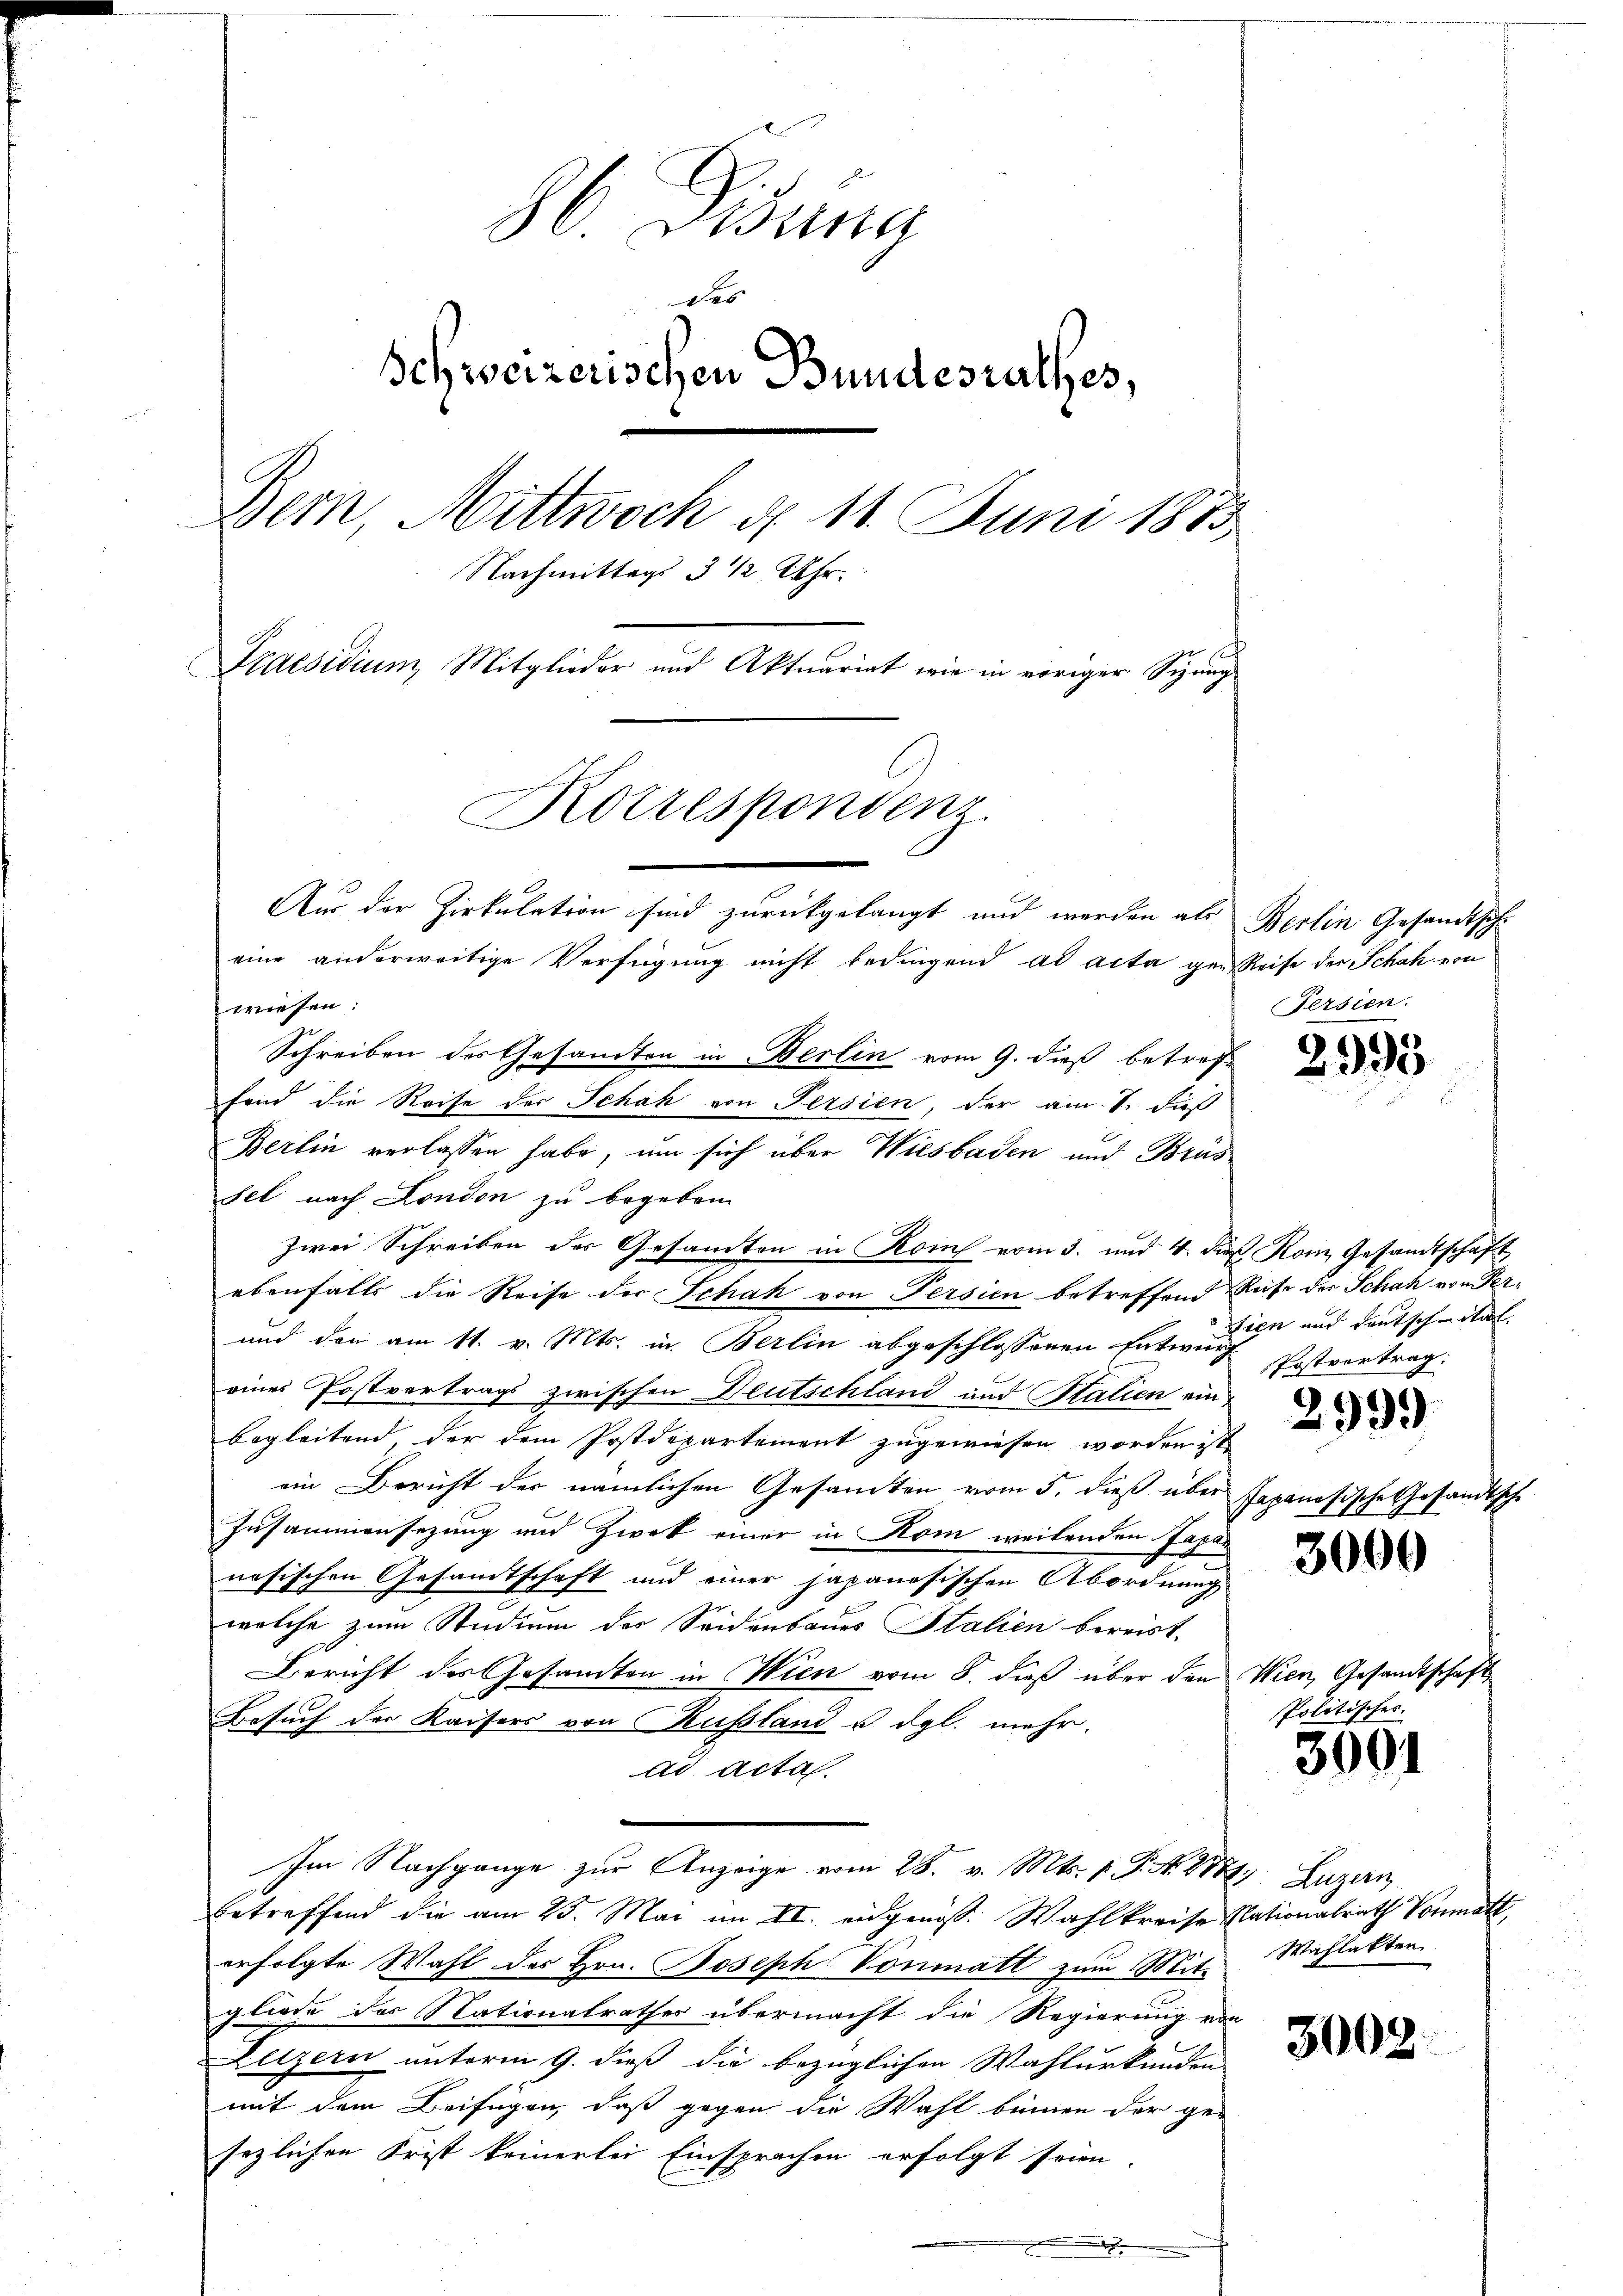
86 Dissna
des
Schweizerischen Bundesrathes,
Bern, Mittwoch d. 11. Juni 1873
Nachmittags 3 ½ Uhr.
Praesidium, Mitglieder und Aktuariat wie in voriger Sizung
Korrespondenz
Aus der Zirkulation sind zurückgelangt und werden als Berlin Gesandtscheine anderweitige Verfügung nicht bedingend ad acta gespreise des Schah von
wiesen:

Schreiben des Gesandten in Berlin vom 9. dieß betreffend die Reise des Schah von Persien, der am 1. Fuß
Berlin verlassen habe, um sich über Wiesbaden und Brus
sel nach London zu begeben.
zwei Schreiben der Gesandten in Koins vom 3. und 4. die Kom Gesandtschaft
ebenfalls die Reise der Schah von Persien betreffend Reise der Schah von Per¬
und den am 11. v. Mts. in Berlin abgeschlossenen Entwurf
eines Postvertrags zwischen Deutschland und Stalien ein
begleitend, der dem Postdepartement zugewiesen worden ist,
ein Bericht der nämlichen Gesamten vom 5. dieß über
Zusammensezung und Zwek einer in Rom weilenden Japan
nesischen Gesamtschaft und einer japanesischen Abordnung
welche zum Studium des Seidenbaues Stalien bereist,
Bericht des Gesandten in Wien vom 8. dieß über den
Besuch der Kaisers von Russland u. dgl. mehr.
ad acta
Im Nachgange zur Anzeige vom 28. v. Mts. v. P. Nr. 1884). Luzern
betreffend die am 25. Mai im II. eidgenöss. Wahlkreise Nationalrath Vonmatt,
erfolgte Wahl des Hrn. Joseph Vonmatt zum Mit-
gliede des Nationalrathes übermacht die Regierung von
Letzern unterm 9. dieß die bezüglichen Wahlurkunden
mit dem Beifügen, daß gegen die Wahl binnen der ge-
sezlichen Frist keinerlei Einsprachen erfolgt seien.
.

Fersien.

2995

sien und Deutschmitat.
Postvertrag.

2999

Japanesische Cosam

3000

Wien, Gesandtschaft
Politisches.

3001

Wahlakten

3008